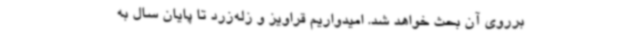
برروی آن بحث خواهد شد. امیدواریم قراویز و زله‌زرد تا پایان سال به